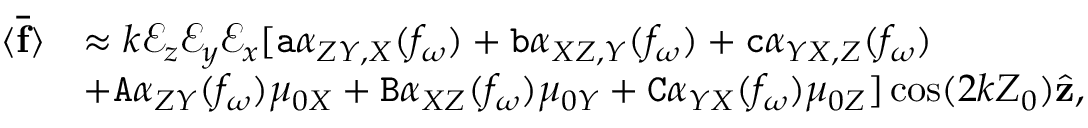
\begin{array} { r l } { \langle \overline { { \mathbf { f } } } \rangle } & { \approx k \mathcal { E } _ { z } \mathcal { E } _ { y } \mathcal { E } _ { x } [ \mathtt { a } \alpha _ { Z Y , X } ( f _ { \omega } ) + \mathtt { b } \alpha _ { X Z , Y } ( f _ { \omega } ) + \mathtt { c } \alpha _ { Y X , Z } ( f _ { \omega } ) } \\ & { + \mathtt { A } \alpha _ { Z Y } ( f _ { \omega } ) \mu _ { 0 X } + \mathtt { B } \alpha _ { X Z } ( f _ { \omega } ) \mu _ { 0 Y } + \mathtt { C } \alpha _ { Y X } ( f _ { \omega } ) \mu _ { 0 Z } ] \cos ( 2 k Z _ { 0 } ) \hat { \mathbf { z } } , } \end{array}